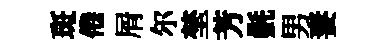
斑倦屑尔埜芳㲲男妻